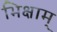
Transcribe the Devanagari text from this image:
भिक्षाम्